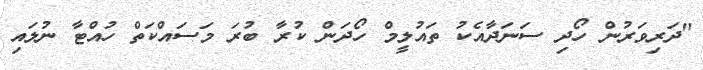
"ދަރިވަރުން ހޯދި ސަނަދާއެކު ތައުލީމް ހޯދަން ކުރާ ބުރަ މަސައްކަތް ހުއްޓާ ނުލައި